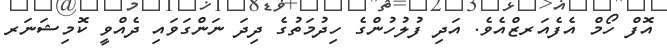
އޮފް ހޯމް އެފެއަރޒްއެވެ. އަދި ފުލުހުންގެ ހިދުމަތުގެ ދިދަ ނަންގަވައި ދެއްވީ ކޮމިޝަނަރ